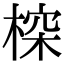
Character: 𣖉